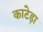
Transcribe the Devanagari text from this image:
काटेड़ा